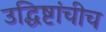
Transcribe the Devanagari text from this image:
उद्धिष्टांचीच